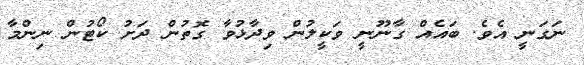
ނަގަނީ އެެވެ. ބައެއް ގާނޫނީ ވަކީލުން ވިދާޅުވާ ގޮތުން ދަށު ކޯޓުން ނިންމާ